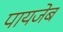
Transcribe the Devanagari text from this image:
पायजेब